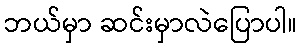
ဘယ်မှာ ဆင်းမှာလဲပြောပါ။